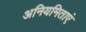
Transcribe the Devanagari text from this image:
अनियमिताएं